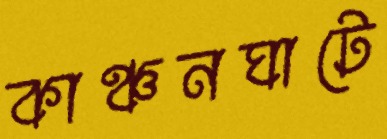
কাঞ্চনঘাটে